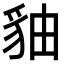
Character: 𧲹